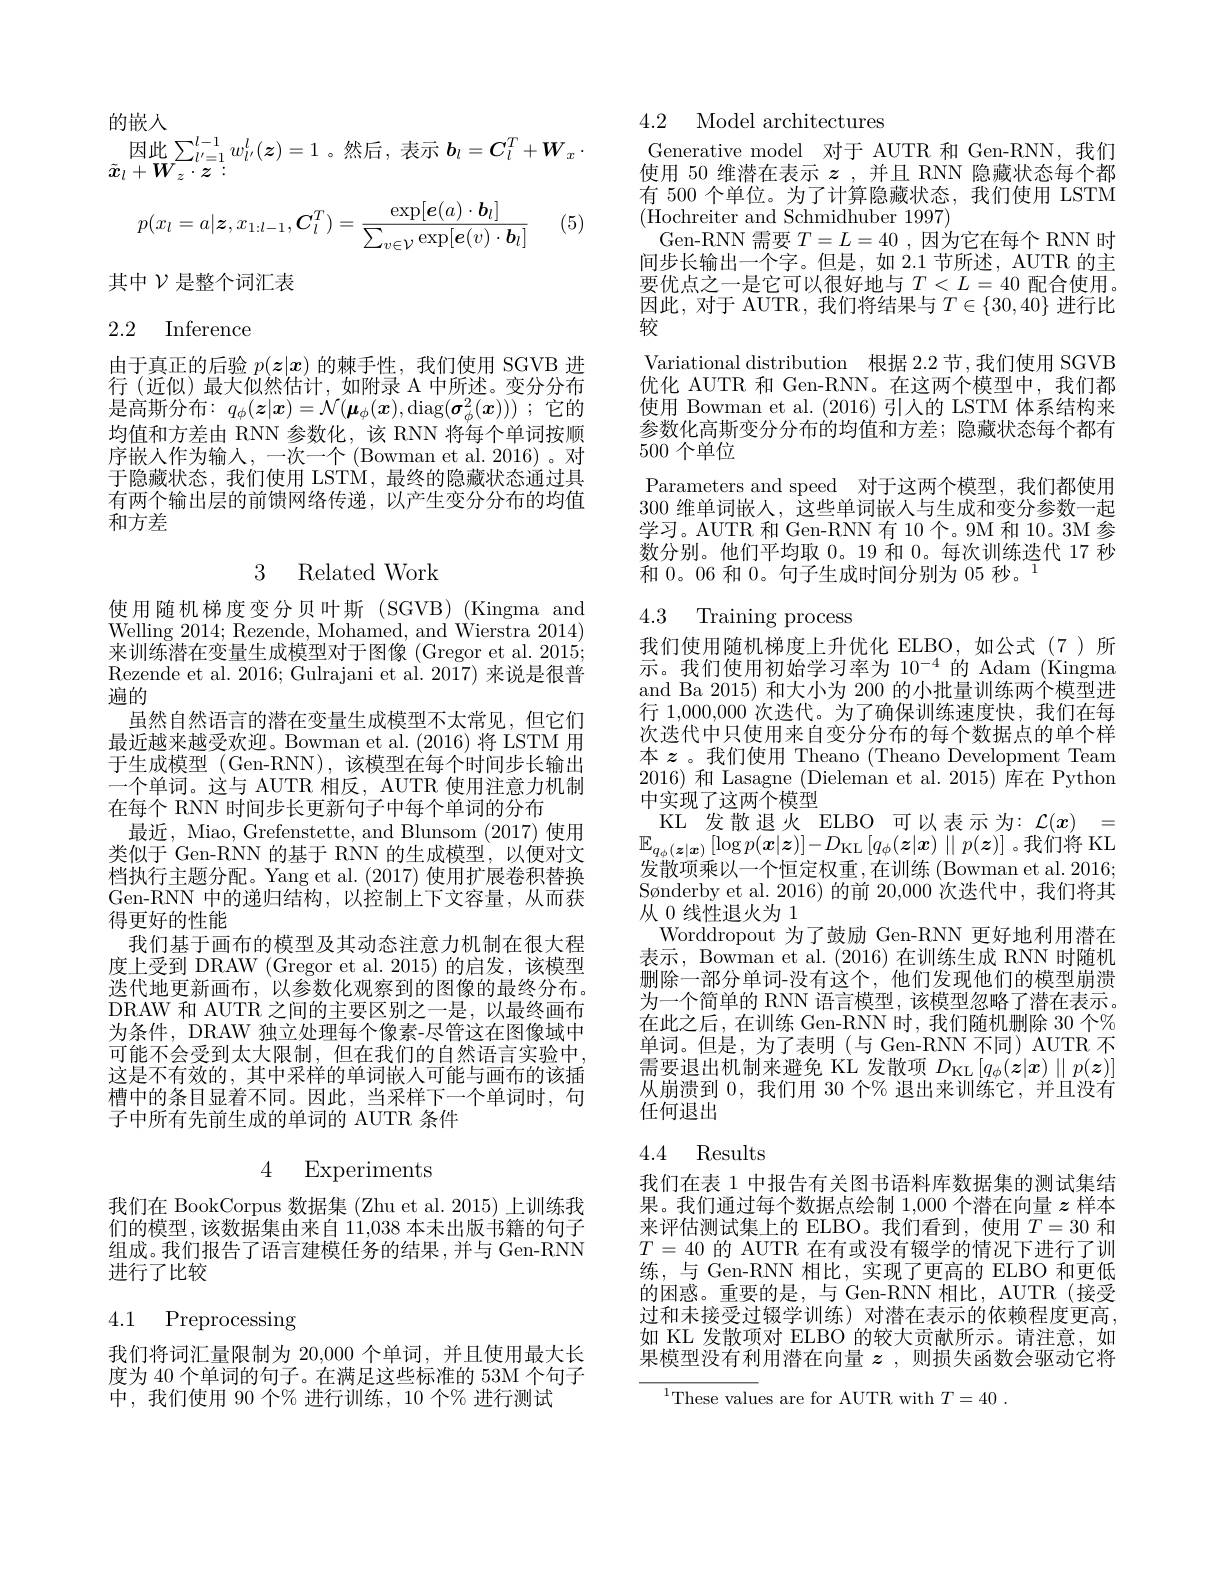
的嵌人
$\begin{array}{c}\text{因此}\sum_{l^{\prime}=1}^{l-1}w_{l^{\prime}}^{l}(z)=1&\text{。然后，表示 }b_{l}=C_{l}^{T}+W_{x}\\\tilde{\boldsymbol{x}}_{l}+W_{z}\cdot z:\end{array}$

(5)
$$p(x_l=a|\boldsymbol{z},x_{1:l-1},\boldsymbol{C}_l^T)=\frac{\exp[\boldsymbol{e}(a)\cdot\boldsymbol{b}_l]}{\sum_{v\in\mathcal{V}}\exp[\boldsymbol{e}(v)\cdot\boldsymbol{b}_l]}$$
其中$\mathcal{V}$是整个词汇表

## 2.2 Inference

由于真正的后验$p(\boldsymbol{z}|\boldsymbol{x})$的棘手性，我们使用 SGVB 进行(近似)最大似然估计，如附录 A 中所述。变分分布是高斯分布$:q_\phi(\boldsymbol{z}|\boldsymbol{x})=\mathcal{N}(\boldsymbol{\mu}_\phi(\boldsymbol{x}),\operatorname{diag}(\boldsymbol{\sigma}_\phi^2(\boldsymbol{x})))$;它的均值和方差由 RNN 参数化，该 RNN 将每个单词按顺序嵌人作为输入，一次一个(Bowman et al.2016)。对于隐藏状态，我们使用 LSTM,最终的隐藏状态通过具有两个输出层的前馈网络传递，以产生变分分布的均值和方差

## 3 Related Work

使用随机梯度变分贝叶斯(SGVB)(Kingma and Welling 2014; Rezende, Mohamed, and Wierstra 2014) 来训练潜在变量生成模型对于图像 (Gregor et al. 2015; Rezende et al. 2016; Gulrajani et al. 2017) 来说是很普遍的
虽然自然语言的潜在变量生成模型不太常见，但它们最近越来越受欢迎。Bowman et al. (2016)将 LSTM 用于生成模型 (Gen-RNN),该模型在每个时间步长输出一个单词。这与 AUTR 相反，AUTR 使用注意力机制在每个 RNN 时间步长更新句子中每个单词的分布
最近，Miao, Grefenstette, and Blunsom (2017) 使用类似于 Gen-RNN 的基于 RNN 的生成模型，以便对文档执行主题分配。Yang et al. (2017) 使用扩展卷积替换Gen-RNN 中的递归结构，以控制上下文容量，从而获得更好的性能
我们基于画布的模型及其动态注意力机制在很大程度上受到 DRAW (Gregor et al.2015)的启发，该模型迭代地更新画布，以参数化观察到的图像的最终分布。DRAW 和 AUTR 之间的主要区别之一是，以最终画布为条件，DRAW 独立处理每个像素-尽管这在图像域中可能不会受到太大限制，但在我们的自然语言实验中这是不有效的，其中采样的单词嵌人可能与画布的该插槽中的条目显着不同。因此，当采样下一个单词时，句子中所有先前生成的单词的 AUTR 条件

## 4 Experiments

我们在 BookCorpus 数据集 (Zhu et al. 2015) 上训练我们的模型，该数据集由来自 11,038 本未出版书籍的句子组成。我们报告了语言建模任务的结果，并与 Gen-RNN 进行了比较

## 4.1 Preprocessing

我们将词汇量限制为 20,000 个单词，并且使用最大长度为 40 个单词的句子。在满足这些标准的 53M 个句子中，我们使用 90 个% 进行训练，10 个% 进行测试

4.2 Model architectures

Generative model 对于 AUTR 和 Gen-RNN,我们使用 50 维潜在表示$z$ ,并且 RNN 隐藏状态每个都有 500 个单位。为了计算隐藏状态，我们使用 LSTM (Hochreiter and Schmidhuber 1997)
Gen-RNN 需要$T=L=40$ ,因为它在每个 RNN 时间步长输出一个字。但是，如 2.1 节所述，AUTR 的主要优点之一是它可以很好地与$T<L=40$配合使用。因此，对于 AUTR, 我们将结果与$T\in\{30,40\}$进行比较
Variational distribution 根据 2.2 节 ,我们使用 SGVB 优化 AUTR 和 Gen-RNN。在这两个模型中，我们都使用 Bowman et al.(2016)引入的 LSTM 体系结构来参数化高斯变分分布的均值和方差；隐藏状态每个都有500个单位
Parameters and speed 对于这两个模型，我们都使用300维单词嵌人，这些单词嵌人与生成和变分参数一起学习。AUTR 和 Gen-RNN 有 10 个。9M 和 10。3M 参数分别。他们平均取 0。19 和 0。每次训练迭代 17 秒和 0。06 和 0。句子生成时间分别为 05 秒。1

# 4.3 Training process

我们使用随机梯度上升优化 ELBO,如公式(7)所示。我们使用初始学习率为 10$^-4$的 Adam (Kingma and Ba 2015) 和大小为 200 的小批量训练两个模型进行 1,000,000 次迭代。为了确保训练速度快，我们在每次迭代中只使用来自变分分布的每个数据点的单个样本$z$ 。我们使用 Theano (Theano Development Team 2016)和 Lasagne (Dieleman et al. 2015) 库在 Python 中实现了这两个模型
$\begin{array}{cc}\mathrm{KL}&\text{发散退火}&\mathrm{ELBO}&\text{可以表示为：}\mathcal{L}(x)&=\\\mathbb{E}_{q_{\phi}(\boldsymbol{z}|\boldsymbol{x})}\left[\log p(\boldsymbol{x}|\boldsymbol{z})\right]-D_{\mathrm{KL}}\left[q_{\phi}(\boldsymbol{z}|\boldsymbol{x})\parallel p(\boldsymbol{z})\right]&\text{。我们将 KL}\end{array}$ 发散项乘以一个恒定权重，在训练 (Bowman et al. 2016; Sønderby et al. 2016)的前 20,000 次迭代中，我们将其从$0\ddot{\text{线性退火为 }1}$
Worddropout 为了鼓励 Gen-RNN 更好地利用潜在表示，Bowman et al. (2016)在训练生成 RNN 时随机删除一部分单词-没有这个，他们发现他们的模型崩溃为一个简单的 RNN 语言模型，该模型忽略了潜在表示。在此之后，在训练 Gen-RNN 时，我们随机删除 30 个% 单词。但是，为了表明(与 Gen-RNN 不同) AUTR 不需要退出机制来避免 KL 发散项$D_\mathrm{KL}\left[q_\phi(\boldsymbol{z}|\boldsymbol{x})\parallel p(\boldsymbol{z})\right]$ 从崩溃到0，我们用 30 个% 退出来训练它，并且没有任何退出

## 4.4 Results

我们在表 1 中报告有关图书语料库数据集的测试集结果。我们通过每个数据点绘制1，000个潜在向量$z$样本来评估测试集上的 ELBO。我们看到，使用$T=30$和$T=40$的 AUTR 在有或没有辍学的情况下进行了训练，与 Gen-RNN 相比，实现了更高的 ELBO 和更低的困惑。重要的是，与 Gen-RNN 相比，AUTR(接受过和未接受过辍学训练)对潜在表示的依赖程度更高， 如 KL 发散项对 ELBO 的较大贡献所示。请注意，如果模型没有利用潜在向量$z$ ,则损失函数会驱动它将

$^{1}$These values are for AUTR with $T=40$